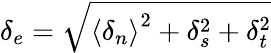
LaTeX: \delta_{e}=\sqrt{\left\langle\delta_{n}\right\rangle^{2}+\delta_{s}^{2}+\delta_{t}^{2}}